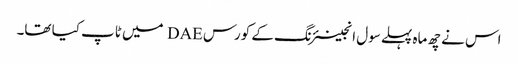
اس نے چھ ماہ پہلے سول انجینئرنگ کے کورس DAE میں ٹاپ کیا تھا۔